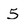
Character: 5